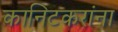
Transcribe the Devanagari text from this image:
कानिटकरांना